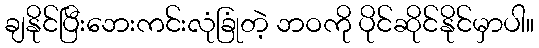
ချနိုင်ပြီးဘေးကင်းလုံခြုံတဲ့ ဘဝကို ပိုင်ဆိုင်နိုင်မှာပါ။